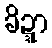
ခိဍ္ဍာ